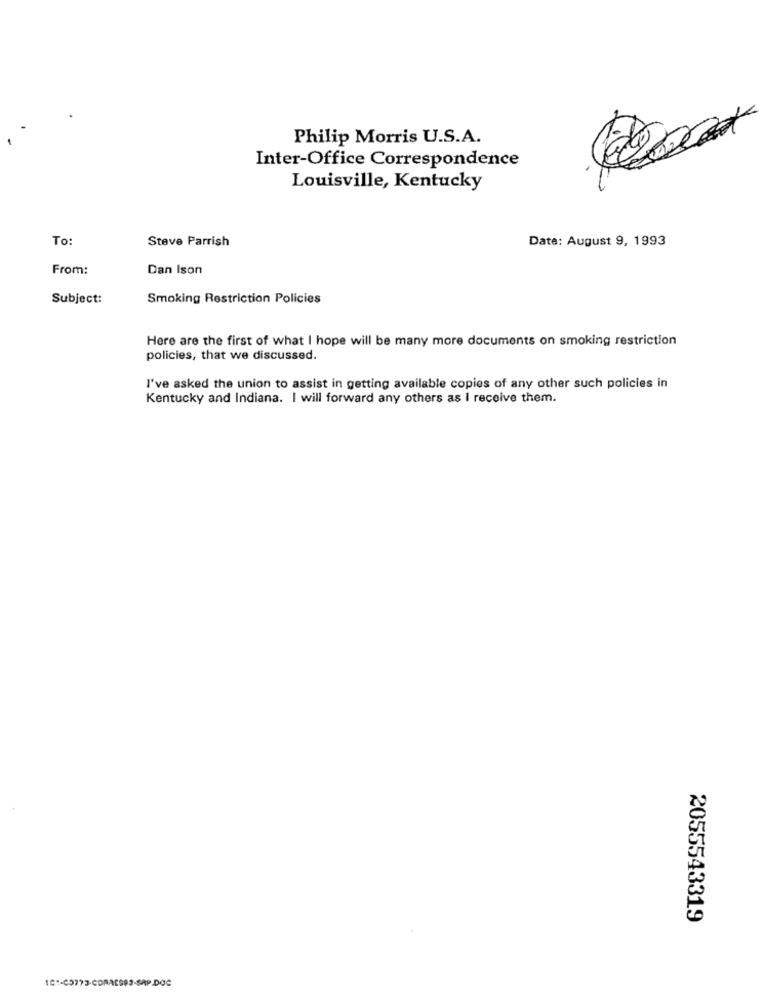
Philip Morris U.S.A.
Inter-Office Correspondence
Louisville, Kentucky
To:
Steve Parrish
Date: August 9, 1993
From:
Dan Ison
Subject:
Smoking Restriction Policies
Here are the first of what I hope will be many more documents on smoking restriction
policies, that we discussed.
I've asked the union to assist in getting available copies of any other such policies in
Kentucky and Indiana. I will forward any others as I receive them.
2055543319